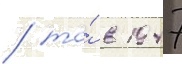
/ то́ в 1947